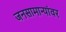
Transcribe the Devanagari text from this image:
जनसामान्यांवर